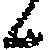
候